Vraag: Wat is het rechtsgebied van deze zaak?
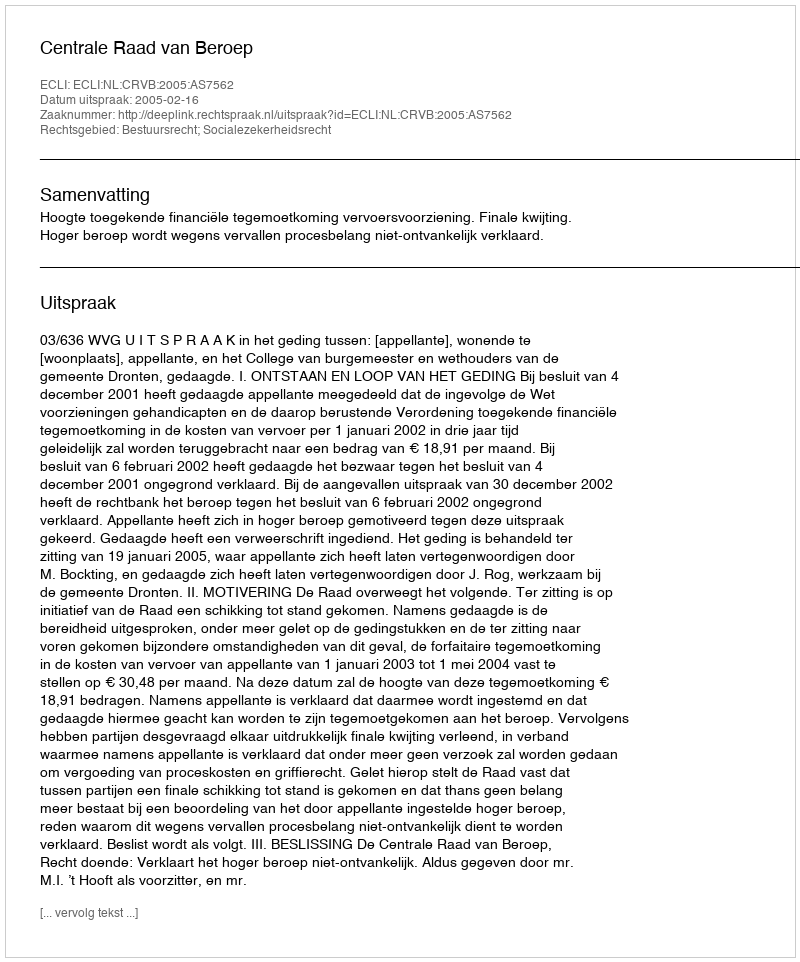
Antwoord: Bestuursrecht; Socialezekerheidsrecht